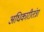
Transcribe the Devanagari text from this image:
अधिकारीतंत्रा